Civil Veterinary Department Bihar reports 1940-50 - 1940-1950
Year: 1940
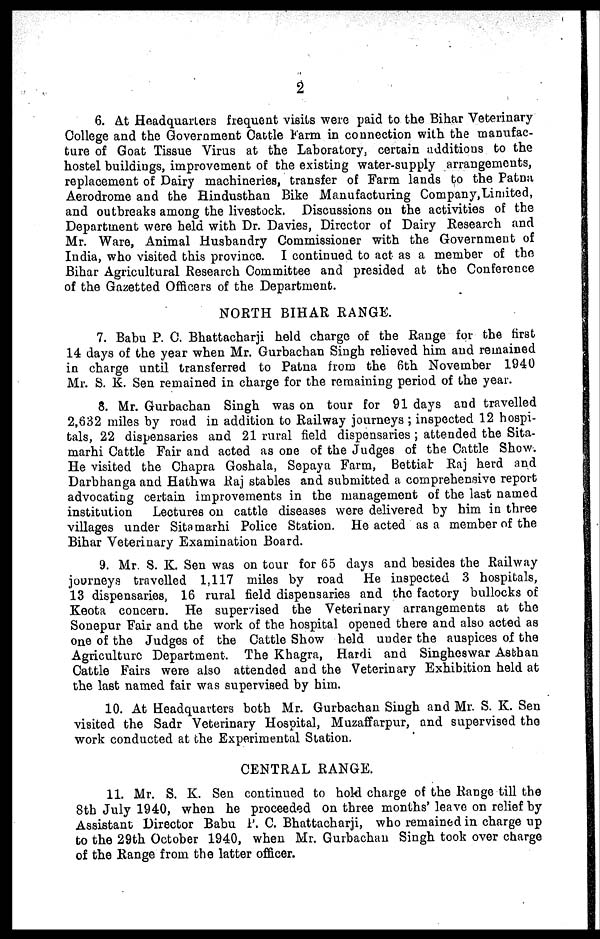
2
6. At Headquarters frequent visits were paid to the Bihar Veterinary
College and the Government Cattle Farm in connection with the manufac-
ture of Goat Tissue Virus at the Laboratory, certain additions to the
hostel buildings, improvement of the existing water-supply arrangements,
replacement of Dairy machineries, transfer of Farm lands to the Patna
Aerodrome and the Hindusthan Bike Manufacturing Company, Limited,
and outbreaks among the livestock. Discussions on the activities of the
Department were held with Dr. Davies, Director of Dairy Research and
Mr. Ware, Animal Husbandry Commissioner with the Government of
India, who visited this province. I continued to act as a member of the
Bihar Agricultural Research Committee and presided at the Conference
of the Gazetted Officers of the Department.
NORTH BIHAR RANGE.
7. Babu P. C. Bhattacharji held charge of the Range for the first
14 days of the year when Mr. Gurbachan Singh relieved him and remained
in charge until transferred to Patna from the 6th November 1940
Mr. S. K. Sen remained in charge for the remaining period of the year.
8. Mr. Gurbachan Singh was on tour for 91 days and travelled
2,632 miles by road in addition to Railway journeys ; inspected 12 hospi-
tals, 22 dispensaries and 21 rural field dispensaries ; attended the Sita-
marhi Cattle Fair and acted as one of the Judges of the Cattle Show.
He visited the Chapra Goshala, Sepaya Farm, Bettiab Raj herd and
Darbhanga and Hathwa Raj stables and submitted a comprehensive report
advocating certain improvements in the management of the last named
institution
Lectures on cattle diseases were delivered by him in three
villages under Sitamarhi Police Station. He acted as a member of the
Bihar Veterinary Examination Board.
9. Mr. S. K. Sen was on tour for 65 days and besides the Railway
journeys travelled 1,117 miles by road He inspected 3 hospitals,
13 dispensaries, 16 rural field dispensaries and the factory bullocks of
Keota concern. He supervised the Veterinary arrangements at the
Sonepur Fair and the work of the hospital opened there and also acted as
one of the Judges of the Cattle Show held under the auspices of the
Agriculture Department. The Khagra, Hardi and Singheswar Asthan
Cattle Fairs were also attended and the Veterinary Exhibition held at
the last named fair was supervised by him.
10. At Headquarters both Mr. Gurbachan Singh and Mr. S. K. Sen
visited the Sadr Veterinary Hospital, Muzaffarpur, and supervised the
work conducted at the Experimental Station.
CENTRAL RANGE.
11. Mr. S. K. Sen continued to hold charge of the Range till the
8th July 1940, when he proceeded on three months' leave on relief by
Assistant Director Babu P. C. Bhattacharji, who remained in charge up
to the 29th October 1940, when Mr. Gurbachan Singh took over charge
of the Range from the latter officer.